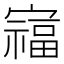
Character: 𫴗